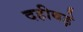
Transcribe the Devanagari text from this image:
दहीबड़े